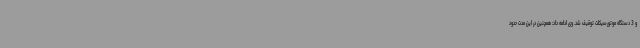
و 3 دستگاه موتورسیکلت توقیف شد. وی ادامه داد: همچنین در این مدت حدود